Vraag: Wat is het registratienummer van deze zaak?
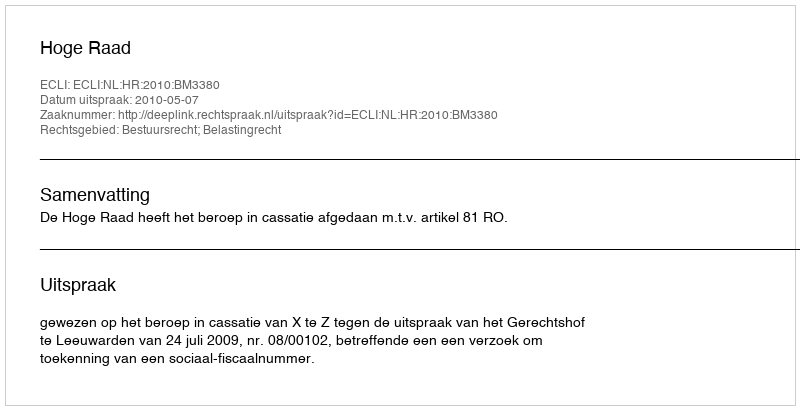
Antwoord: http://deeplink.rechtspraak.nl/uitspraak?id=ECLI:NL:HR:2010:BM3380